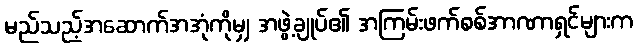
မည်သည့်အဆောက်အအုံကိုမျှ အဖွဲ့ချုပ်၏ အကြမ်းဖက်စစ်အာဏာရှင်များက